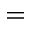
=